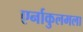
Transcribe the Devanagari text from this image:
एर्नाकुलमला